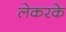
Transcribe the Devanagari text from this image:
लेकरके